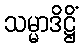
သမ္မာဒိဋ္ဌိံ